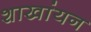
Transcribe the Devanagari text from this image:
शाखांयन